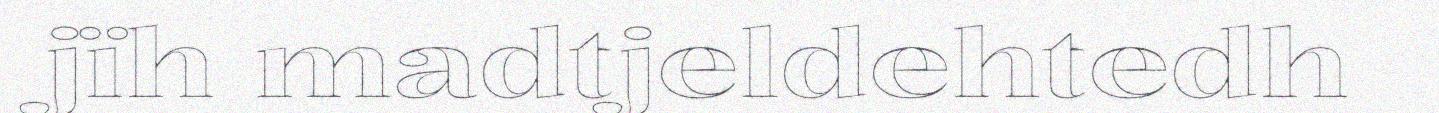
jïh madtjeldehtedh